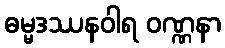
ဓမ္မဒဿနဝါရ ဝဏ္ဏနာ